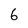
Character: 6